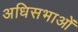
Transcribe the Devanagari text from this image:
अधिसभाओं